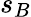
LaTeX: s_{B}